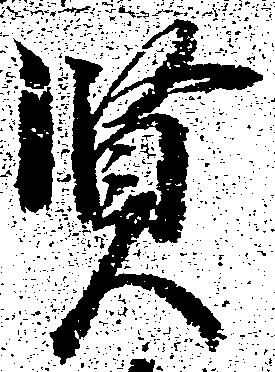
賢